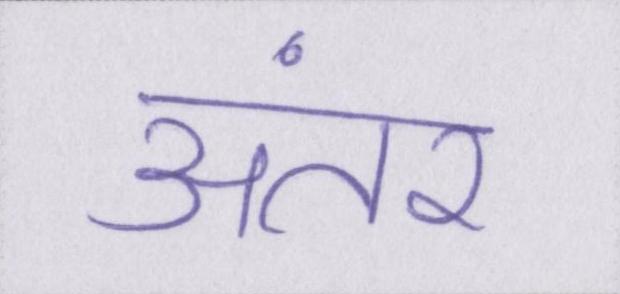
अंतर